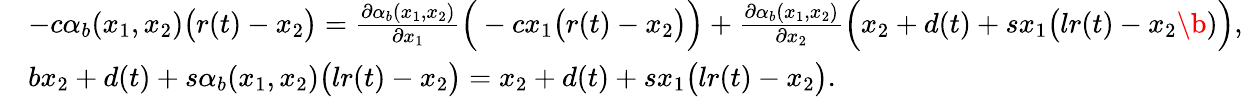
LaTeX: \begin{array}{rl}&{-c\alpha_{b}(x_{1},x_{2})\big(r(t)-x_{2}\big)=\frac{\partial\alpha_{b}(x_{1},x_{2})}{\partial x_{1}}\Big(-cx_{1}\big(r(t)-x_{2}\big)\Big)+\frac{\partial\alpha_{b}(x_{1},x_{2})}{\partial x_{2}}\Big(x_{2}+d(t)+sx_{1}\big(lr(t)-x_{2}\b)\Big),}\\ &{bx_{2}+d(t)+s\alpha_{b}(x_{1},x_{2})\big(lr(t)-x_{2}\big)=x_{2}+d(t)+sx_{1}\big(lr(t)-x_{2}\big).}\end{array}